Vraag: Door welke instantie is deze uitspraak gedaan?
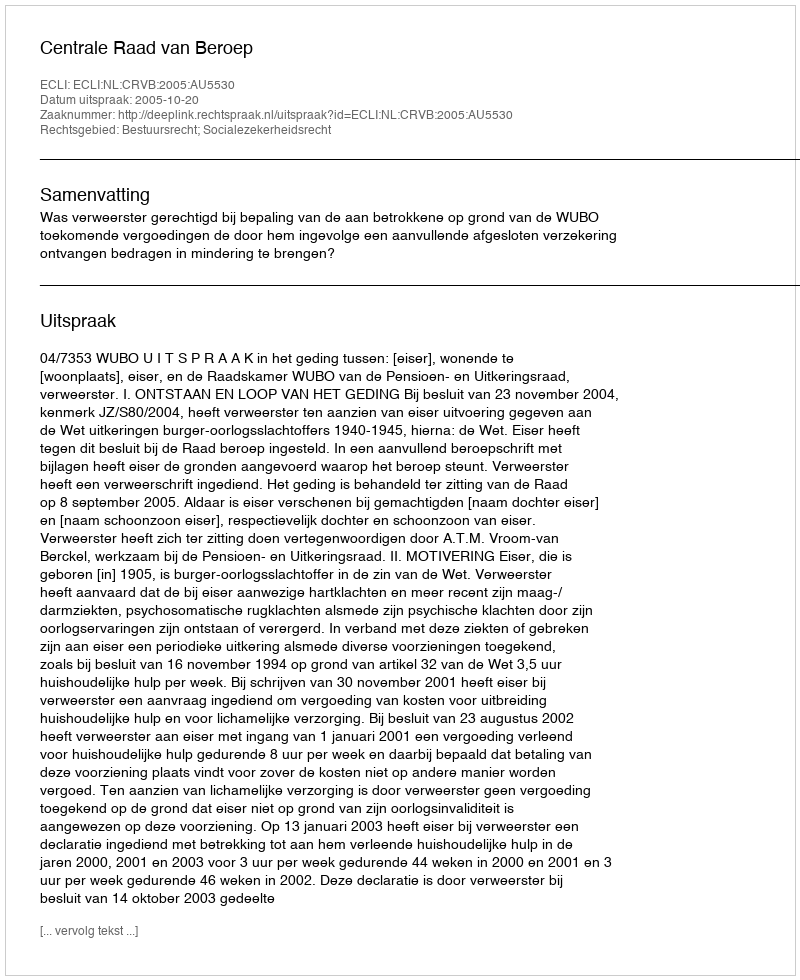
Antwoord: Centrale Raad van Beroep